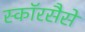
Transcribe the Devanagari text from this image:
स्कॉरसैसे